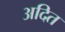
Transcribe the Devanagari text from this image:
अदित